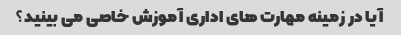
آیا در زمینه مهارت های اداری آموزش خاصی می بینید؟